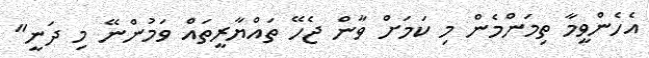
އެހެންވީމާ ތިމަންމެން މި ކަމަށް ވާން ޖެހޭ ތައްޔާރީތައް ވަމުންނޭ މި ދަނީ"